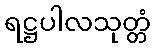
ရဋ္ဌပါလသုတ္တံ